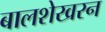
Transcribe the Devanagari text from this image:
बालशेखरन